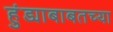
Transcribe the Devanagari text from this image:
हुंड्याबाबतच्या